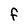
Character: F